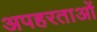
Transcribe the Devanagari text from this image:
अपहरताओं